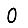
Digit: 0